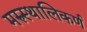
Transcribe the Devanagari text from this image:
मरुस्थालिकर्ण